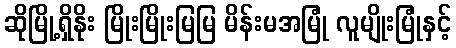
ဆိုမြို့ရှိနိုး မြိုးမြိုးမြမြ မိန်းမအမြုံ လူမျိုးမြုံနှင့်